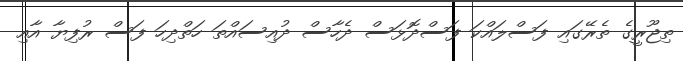
ތިޖޫރީގެ ތެރޭގައި ފަސްލައްކަ ފަސްދޮޅަސް ދެހާސް ދުއިސައްތަ ހަތްދިހަ ފަސް ރުފިޔާ އާއި